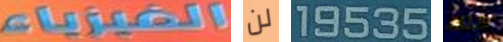
الفيزياء لن 19535 هناك